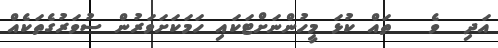
އަދި  ވެ   ތައް ކުޅަ މީހުންނަށްޓަކައި ހަމަކަށަވަރުން ސުވަރުގެތަކެއް